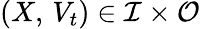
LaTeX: (X,\, V_{t})\in\mathcal{I}\times\mathcal{O}